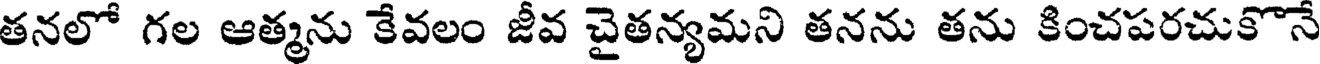
తనలో గల ఆత్మను కేవలం జీవ చైతన్యమని తనను తను కించపరచుకొనే